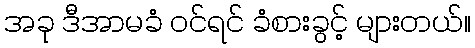
အခု ဒီအာမခံ ဝင်ရင် ခံစားခွင့် များတယ်။